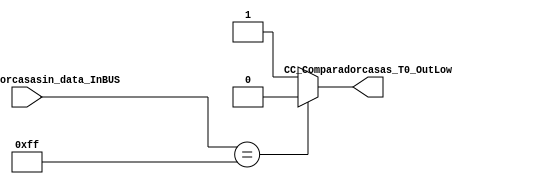
/*######################################################################
//#	G0B1T: HDL EXAMPLES. 2018.
//######################################################################
//# Copyright (C) 2018. F.E.Segura-Quijano (FES) fsegura@uniandes.edu.co
//# 
//# This program is free software: you can redistribute it and/or modify
//# it under the terms of the GNU General Public License as published by
//# the Free Software Foundation, version 3 of the License.
//#
//# This program is distributed in the hope that it will be useful,
//# but WITHOUT ANY WARRANTY; without even the implied warranty of
//# MERCHANTABILITY or FITNESS FOR A PARTICULAR PURPOSE.  See the
//# GNU General Public License for more details.
//#
//# You should have received a copy of the GNU General Public License
//# along with this program.  If not, see <http://www.gnu.org/licenses/>
//####################################################################*/
//=======================================================
//  MODULE Definition
//=======================================================
module Comparador_casas #(parameter SPEEDCOMPARATOR_DATAWIDTH=23)(
//////////// OUTPUTS //////////
	CC_Comparadorcasas_T0_OutLow,
//////////// INPUTS //////////
	CC_Comparadorcasasin_data_InBUS
);
//=======================================================
//  PARAMETER declarations
//=======================================================

//=======================================================
//  PORT declarations
//=======================================================
output	reg CC_Comparadorcasas_T0_OutLow;
input 	[7:0] CC_Comparadorcasasin_data_InBUS;
//=======================================================
//  REG/WIRE declarations
//=======================================================
//=======================================================
//  Structural coding
//=======================================================
always @(CC_Comparadorcasasin_data_InBUS)
begin
	if( CC_Comparadorcasasin_data_InBUS == 8'b11111111)
		CC_Comparadorcasas_T0_OutLow = 1'b0;
	else 
		CC_Comparadorcasas_T0_OutLow = 1'b1;
end

endmodule